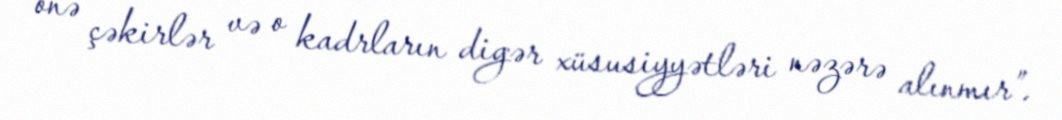
önə çəkirlər və o kadrların digər xüsusiyyətləri nəzərə alınmır”.